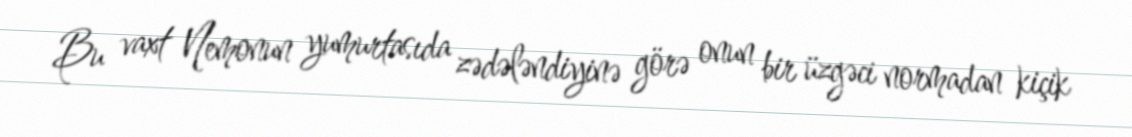
Bu vaxt Nemonun yumurtasıda zədələndiyinə görə onun bir üzgəci normadan kiçik